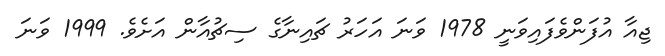
ޖިއާ އުފަންވެފައިވަނީ 1978 ވަނަ އަހަރު ޗައިނާގެ ސިޗުއާން އަށެވެ. 1999 ވަނަ